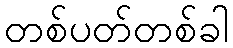
တစ်ပတ်တစ်ခါ